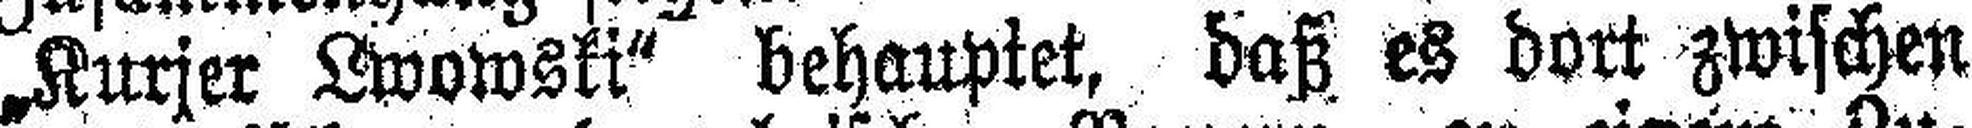
„Kurjer Lwowski“ behauptet, daß es dort zwischen